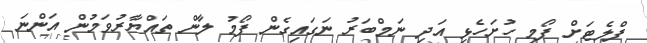
ފްލެޓަށް ފޯމި ހުށަހެޅި އަދި ނަމްބަރު ނަގައިގެން ފޯމު ލާން ތައްޔާރުވަމުން އަންނަ